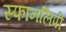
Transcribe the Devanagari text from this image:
स्फानलिपी